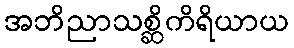
အဘိညာသစ္ဆိကိရိယာယ